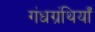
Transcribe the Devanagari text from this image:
गंधग्रंथियाँ